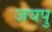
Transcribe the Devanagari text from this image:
जयपु